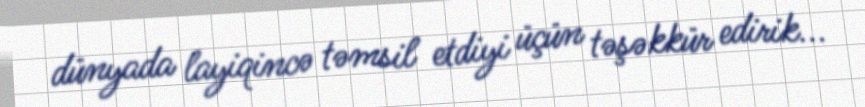
dünyada layiqincə təmsil etdiyi üçün təşəkkür edirik...